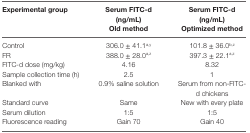
<table><thead><tr><td><b>Experimental group</b></td><td><b>Serum FITC-d (ng/mL)Old method</b></td><td><b>Serum FITC-d (ng/mL)Optimized method</b></td></tr></thead><tbody><tr><td>Control</td><td>306.0 ± 41.1<sup>a,y</sup></td><td>101.8 ± 36.0<sup>b,z</sup></td></tr><tr><td>FR</td><td>388.0 ± 28.0<sup>a,z</sup></td><td>397.3 ± 22.1<sup>a,z</sup></td></tr><tr><td>FITC-d dose (mg/kg)</td><td>4.16</td><td>8.32</td></tr><tr><td>Sample collection time (h)</td><td>2.5</td><td>1</td></tr><tr><td>Blanked with</td><td>0.9% saline solution</td><td>Serum from non-FITC-d chickens</td></tr><tr><td>Standard curve</td><td>Same</td><td>New with every plate</td></tr><tr><td>Serum dilution</td><td>1:5</td><td>1:5</td></tr><tr><td>Fluorescence reading</td><td>Gain 70</td><td>Gain 40</td></tr></tbody></table>